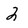
Character: 2